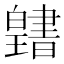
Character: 𤾭